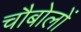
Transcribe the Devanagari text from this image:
चौबोलों